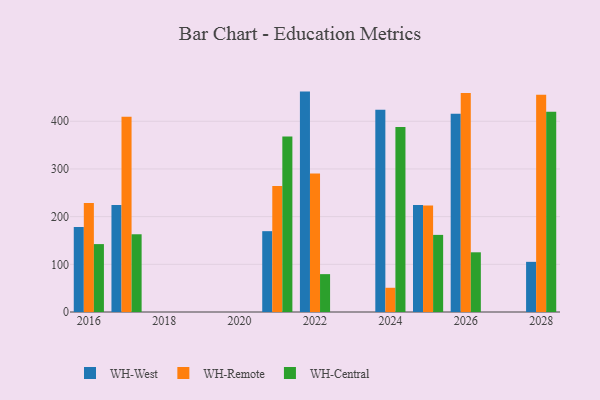
{"axis": {"x": "Year", "y": "Gross Profit (USD K)"}, "legend": ["WH-Central", "WH-Remote", "WH-West"], "data": [{"x": "2028", "y": 105.2, "type": "WH-West"}, {"x": "2028", "y": 455.6, "type": "WH-Remote"}, {"x": "2028", "y": 420.2, "type": "WH-Central"}, {"x": "2016", "y": 178.5, "type": "WH-West"}, {"x": "2016", "y": 228.5, "type": "WH-Remote"}, {"x": "2016", "y": 142.4, "type": "WH-Central"}, {"x": "2022", "y": 462.2, "type": "WH-West"}, {"x": "2022", "y": 290.4, "type": "WH-Remote"}, {"x": "2022", "y": 79.4, "type": "WH-Central"}, {"x": "2017", "y": 224.4, "type": "WH-West"}, {"x": "2017", "y": 409.5, "type": "WH-Remote"}, {"x": "2017", "y": 163.0, "type": "WH-Central"}, {"x": "2026", "y": 415.9, "type": "WH-West"}, {"x": "2026", "y": 459.1, "type": "WH-Remote"}, {"x": "2026", "y": 125.2, "type": "WH-Central"}, {"x": "2021", "y": 169.5, "type": "WH-West"}, {"x": "2021", "y": 264.4, "type": "WH-Remote"}, {"x": "2021", "y": 368.1, "type": "WH-Central"}, {"x": "2025", "y": 224.6, "type": "WH-West"}, {"x": "2025", "y": 223.5, "type": "WH-Remote"}, {"x": "2025", "y": 161.7, "type": "WH-Central"}, {"x": "2024", "y": 424.2, "type": "WH-West"}, {"x": "2024", "y": 50.8, "type": "WH-Remote"}, {"x": "2024", "y": 388.0, "type": "WH-Central"}]}